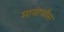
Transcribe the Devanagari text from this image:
मायाफाँस